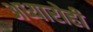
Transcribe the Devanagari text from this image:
अध्यारोही